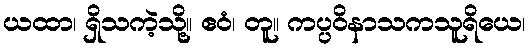
ယထာ၊ ရှိသကဲ့သို့။ ဧဝံ၊ တူ။ ကပ္ပဝိနာသကသူရိယေ၊